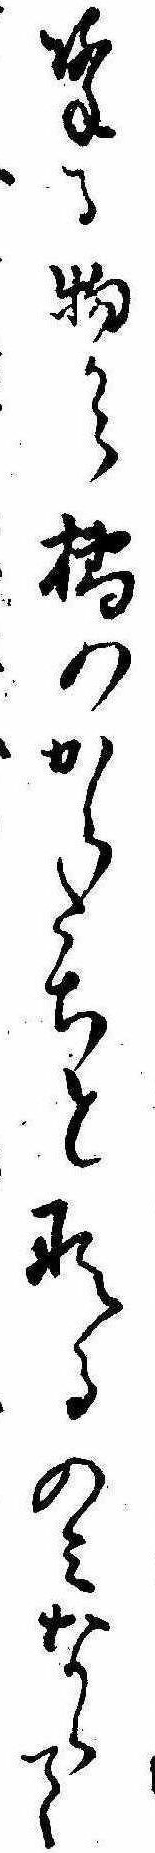
降る物から橘のからたちとなるのみならて